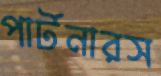
পার্টনারস